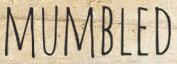
MUMBLED